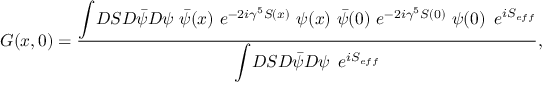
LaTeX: G ( x , 0 ) = \frac { { \displaystyle \int } { \cal D } S { \cal D } { \bar { \psi } } { \cal D } \psi ~ { \bar { \psi } } ( x ) ~ e ^ { - 2 i \gamma ^ { 5 } S ( x ) } ~ \psi ( x ) ~ { \bar { \psi } } ( 0 ) ~ { \displaystyle e } ^ { - 2 i \gamma ^ { 5 } S ( 0 ) } ~ \psi ( 0 ) \, \, \, e ^ { i S _ { e f f } } } { { \displaystyle \int } { \cal D } S { \cal D } { \bar { \psi } } { \cal D } \psi \, \, \, { \displaystyle e } ^ { i S _ { e f f } } } ,